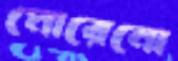
মোরেনো